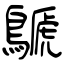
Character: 鷈